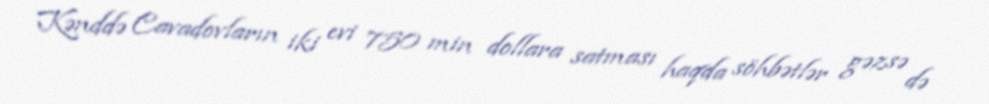
Kənddə Cavadovların iki evi 750 min dollara satması haqda söhbətlər gəzsə də